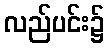
လည်ပင်း၌